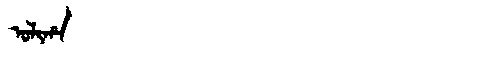
Manchu: ᠣᠯᡳᡥᠠ
Romanization: OLIHA